Leaving Certificate Examination, 1923
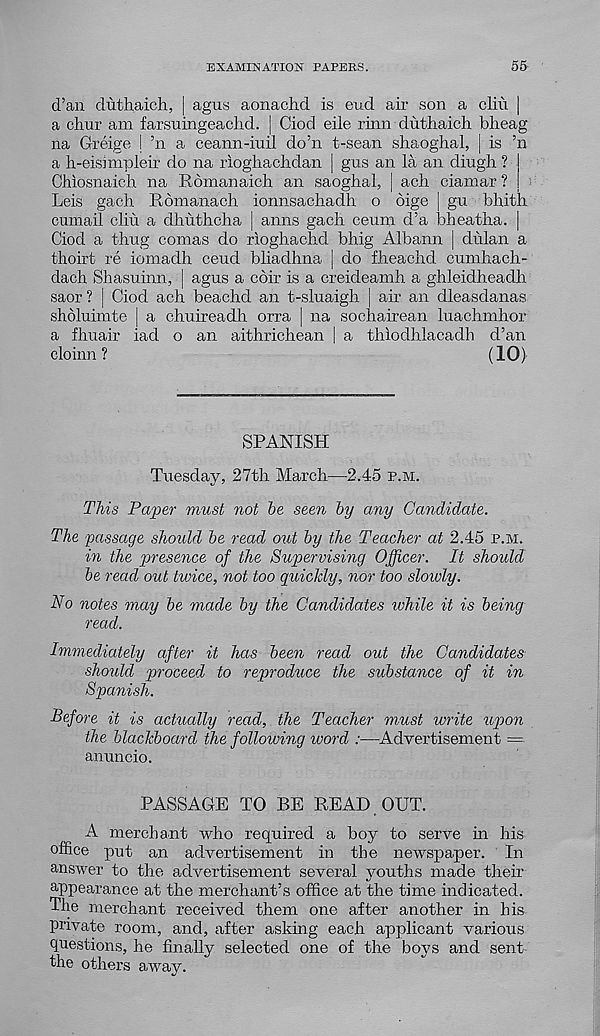
EXAMINATION PAPERS.
55
d’an duthaich, j agus aonachd is end air son a cliu |
a chur am farsuingeaclid. | Ciod eile rinn duthaich bheag
na Greige | ’n a ceann-iuil do’n t-sean shaoghal, j is ’n
a h-eisimpleir do na rioghachdan | gus an la an diugh ?
Chiosnaich na Roman aich an saoghal, | ach ciamar ?
Leis gach Romanach ionnsachadh o oige gu bhit
cumail cliu a dhuthcha | aims gach ceum d’a bheatha
Ciod a thug comas do rioghachd bhig Albann j dulan a
thoirt re iomadh ceud bliadhna ( do f head id cumhach-
dach Shasuinn, | agus a coir is a creideamh a ghleidheadh
saor ? | Ciod ach beachd an t-sluaigh | air an dleasdanas
sholuimte j a chuireadh orra j na sochairean luachmhor
a fhuair iad o an aithrichean | a thiodhlacadh d’an
cloinn ?
(10)
SPANISH
Tuesday, 27th March—2.45 p.m.
This Paper must not 5e seen by any Candidate.
The passage should be read out by the Teacher at 2.45 p.m.
in the presence of the Supervising Officer. It should
be read out twice, not too quickly, nor too sloivly.
No notes may be made by the Candidates while it is being
read.
Immediately after it has been read out the Candidates
should proceed to reproduce the substance of it in
Spanish.
Before it is actually read, the Teacher must write up>on
the blackboard the following ivord :—Advertisement —
anuncio.
PASSAGE TO BE READ OUT.
A merchant who required a boy to serve in his
office put an advertisement in the newspaper. In
answer to the advertisement several youths made their
appearance at the merchant’s office at the time indicated.
The merchant received them one after another in his
private room, and, after asking each applicant various
questions, he finally selected one of the boys and sent
the others away.